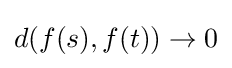
d(f(s),f(t))\to 0